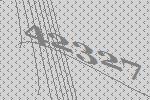
42327